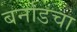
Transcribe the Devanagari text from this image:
बर्नाडचा